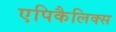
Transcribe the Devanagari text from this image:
एपिकैलिक्स